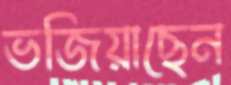
ভজিয়াছেন